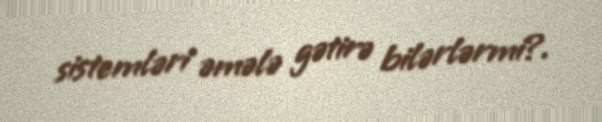
sistemləri əmələ gətirə bilərlərmi?.